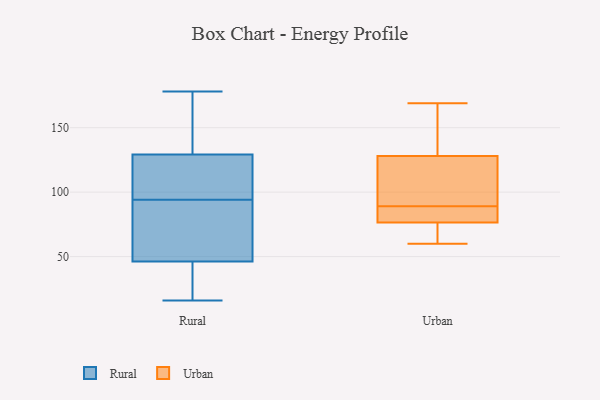
{"axis": {"x": "Latency (ms)", "y": "Value"}, "legend": ["Rural", "Urban"], "data": [{"x": "", "y": 127, "type": "Rural"}, {"x": "", "y": 75, "type": "Rural"}, {"x": "", "y": 92, "type": "Rural"}, {"x": "", "y": 177, "type": "Rural"}, {"x": "", "y": 94, "type": "Rural"}, {"x": "", "y": 153, "type": "Rural"}, {"x": "", "y": 120, "type": "Rural"}, {"x": "", "y": 125, "type": "Rural"}, {"x": "", "y": 143, "type": "Rural"}, {"x": "", "y": 16, "type": "Rural"}, {"x": "", "y": 96, "type": "Rural"}, {"x": "", "y": 22, "type": "Rural"}, {"x": "", "y": 76, "type": "Rural"}, {"x": "", "y": 43, "type": "Rural"}, {"x": "", "y": 47, "type": "Rural"}, {"x": "", "y": 178, "type": "Rural"}, {"x": "", "y": 41, "type": "Rural"}, {"x": "", "y": 46, "type": "Rural"}, {"x": "", "y": 130, "type": "Rural"}, {"x": "", "y": 74, "type": "Urban"}, {"x": "", "y": 87, "type": "Urban"}, {"x": "", "y": 60, "type": "Urban"}, {"x": "", "y": 131, "type": "Urban"}, {"x": "", "y": 89, "type": "Urban"}, {"x": "", "y": 153, "type": "Urban"}, {"x": "", "y": 75, "type": "Urban"}, {"x": "", "y": 169, "type": "Urban"}, {"x": "", "y": 102, "type": "Urban"}, {"x": "", "y": 81, "type": "Urban"}, {"x": "", "y": 119, "type": "Urban"}]}